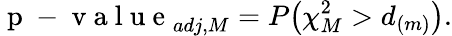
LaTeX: \mathrm{~p~-~v~a~l~u~e~}_{adj,M}=P\bigl(\chi_{M}^{2}>d_{(m)}\bigl).